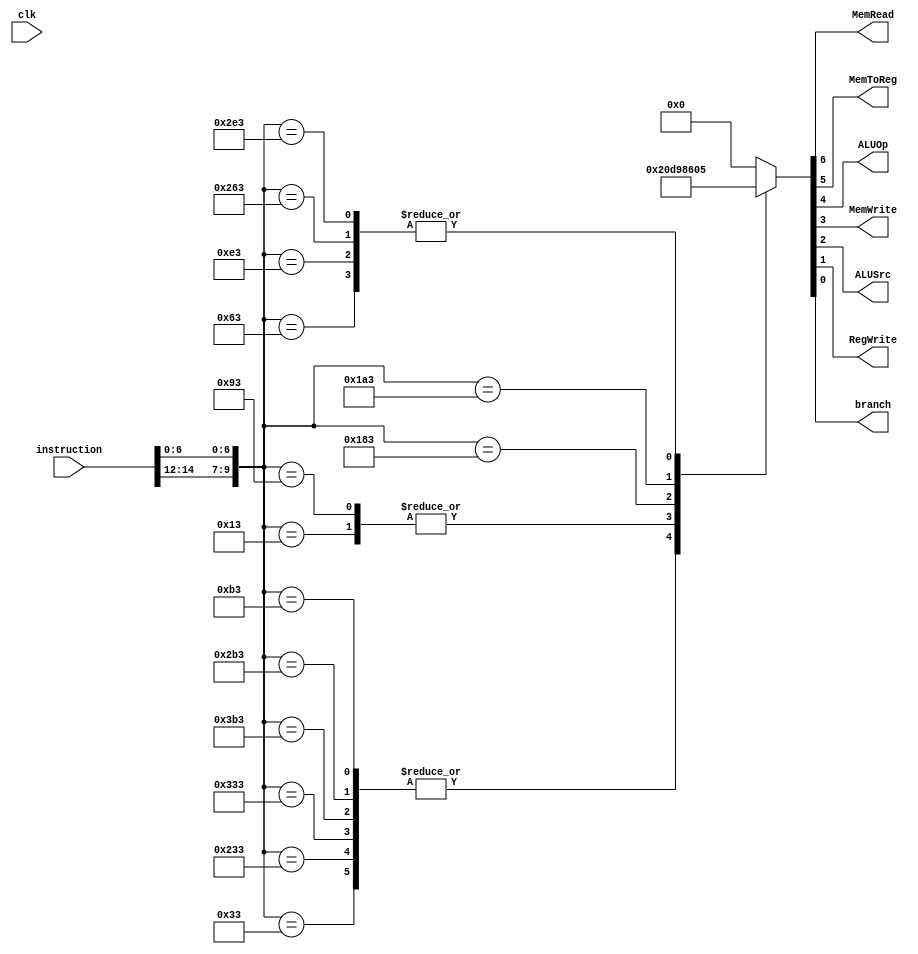
`timescale 1ns / 1ps
//////////////////////////////////////////////////////////////////////////////////
// Company: 
// Engineer: 
// 
// Design Name: 
// Module Name: control_unit
// Project Name: 
// Target Devices: 
// Tool Versions: 
// Description: 
// 
// Dependencies: 
// 
// Revision:
// Revision 0.01 - File Created
// Additional Comments:
// 
//////////////////////////////////////////////////////////////////////////////////


module control_unit(input clk, input [31:0] instruction, 
            output MemRead, MemToReg, ALUOp, MemWrite, ALUSrc, RegWrite, branch
    );
    reg [6:0]aa;
    always@(*) begin
        case ({instruction[14:12], instruction[6:0]})
            10'b0000110011:                 //add/sub_rtype     //addition **ambig**    //rs1 source    //itype
                            aa<=7'b0000010;
            10'b1000110011:
                            aa<=7'b0000010;  //xor_rtype
            10'b1100110011:
                            aa<=7'b0000010;  //or_rtpye
            10'b1110110011:
                            aa<=7'b0000010;  //and_rtype
            10'b1010110011: 
                            aa<=7'b0000010;  //sra_rtype
            10'b0010110011:
                            aa<=7'b0000010;  //sll_rtype
            10'b0000010011:                 //add_itype     //addition  //imd source
                            aa<=7'b0000110;  
            10'b0010010011:
                            aa<=7'b0000110;  //sll_itype
            10'b0110000011:                 //load      //addition  //imd source
                            aa<=7'b1100110;
            10'b0110100011:                 //store     //addition  //imd source
                            aa<=7'b0001100;
            10'b0001100011:                 //branch
                            aa<=7'b0000101;         //beq
            10'b0011100011:
                            aa<=7'b0000101;         //bne
            10'b1001100011:
                            aa<=7'b0000101;         //blt
            10'b1011100011:
                            aa<=7'b0000101;         //bge
            default:
                            aa<=7'b0000000;         //no instruction case
        endcase 
    end
    assign MemRead=aa[6];
    assign MemToReg=aa[5];
    assign ALUOp=aa[4];
    assign MemWrite=aa[3];
    assign ALUSrc=aa[2];
    assign RegWrite=aa[1];
    assign branch=aa[0];
endmodule